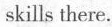
skills there.